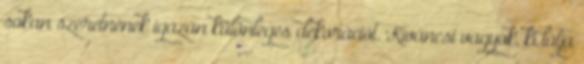
sokan szeretnének igazán különleges dekorációt. Kíváncsi vagyok, ki látja